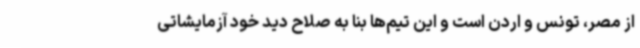
از مصر، تونس و اردن است و این تیم‌ها بنا به صلاح دید خود آزمایشاتی